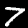
Label: 7